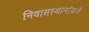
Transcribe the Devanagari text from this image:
निवासस्थानांकडे